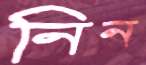
নিন